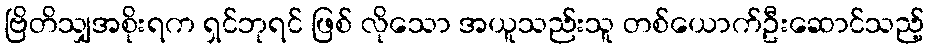
ဗြိတိသျှအစိုးရက ရှင်ဘုရင် ဖြစ် လိုသော အယူသည်းသူ တစ်ယောက်ဦးဆောင်သည့်